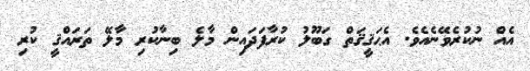
އެއް ނުކުރެވޭނެއެވެ. އެޙަޤީޤަތް ގަބޫލު ކުރާފަދައިން މާލެ ބިނާކުރި މާލޭ ތަރައްޤީ ކުރި